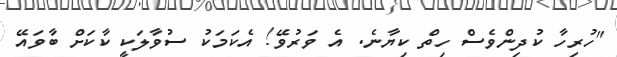
"ހުރިހާ ކުދިންވެސް ހިތް ކިޔާނެ. އެ ވަރުވޭ! އެކަމަކު ސުވާލަކީ ކާކަށް ބާވައޭ